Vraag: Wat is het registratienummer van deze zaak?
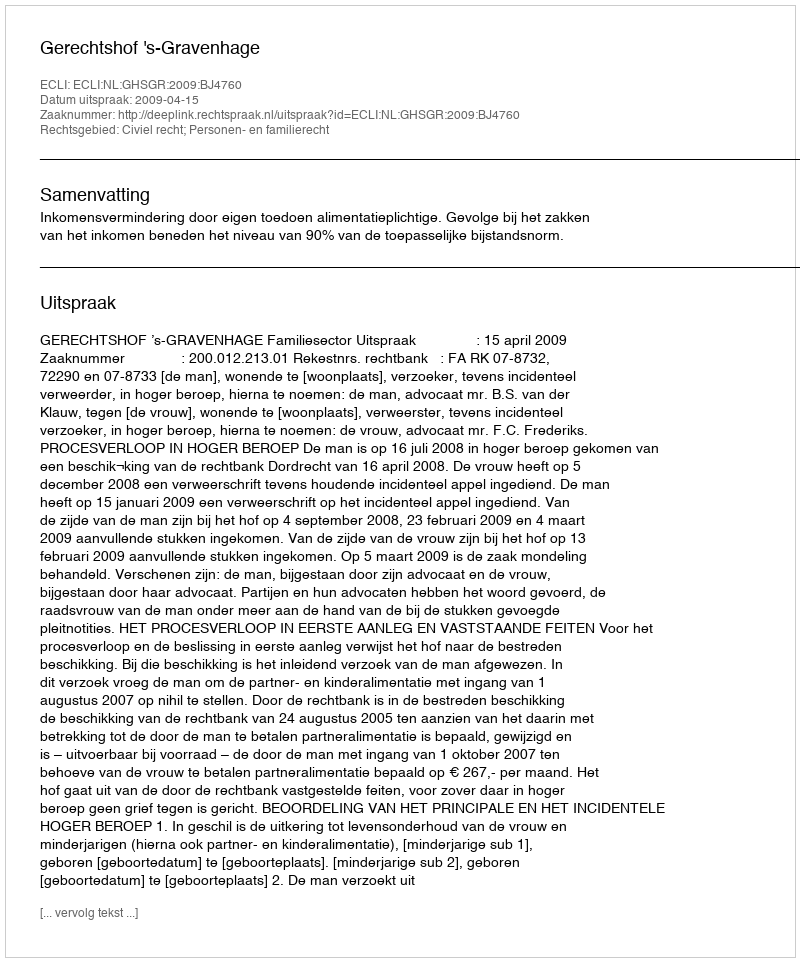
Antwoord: http://deeplink.rechtspraak.nl/uitspraak?id=ECLI:NL:GHSGR:2009:BJ4760